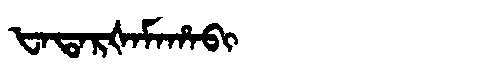
Manchu: ᡶᠠᡨᠠᡵᡧᠠᠮᠠᡥᠠᠪᡳ
Romanization: FATARŠAMAHABI